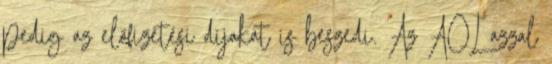
pedig az előfizetési díjakat is beszedi. Az AOL azzal